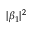
| \beta _ { 1 } | ^ { 2 }